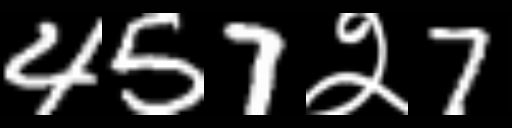
Text: 457२7